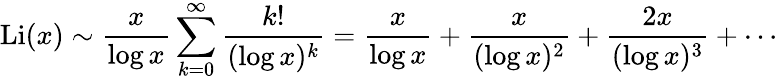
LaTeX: \operatorname{Li}(x)\sim{\frac{x}{\log x}}\sum_{k=0}^{\infty}{\frac{k!}{(\log x)^{k}}}={\frac{x}{\log x}}+{\frac{x}{(\log x)^{2}}}+{\frac{2x}{(\log x)^{3}}}+\cdots